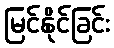
မြင်နိုင်ခြင်း